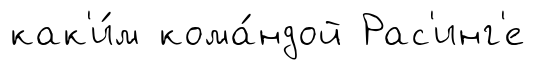
как'и́м кома́ндой Рас'инг'е